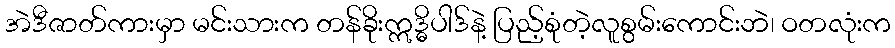
အဲဒီဇာတ်ကားမှာ မင်းသားက တန်ခိုးဣဒ္ဓိပါဒ်နဲ့ ပြည့်စုံတဲ့လူစွမ်းကောင်းဘဲ၊ ဝတလုံးက